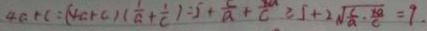
4 a + c = ( 4 a + c ) ( \frac { 1 } { a } + \frac { 1 } { c } ) = 5 + \frac { 5 } { a } + \frac { 1 0 } { c } \geq 5 + 2 \sqrt { \frac { c } { a } \cdot \frac { 1 8 } { c } } = 9 .